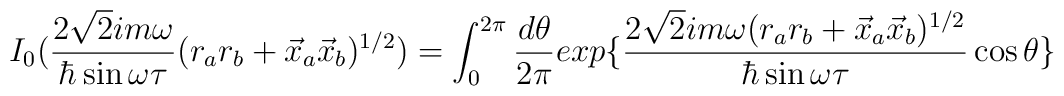
I_{0}(\frac{2\sqrt{2} i m\omega}{\hbar \sin \omega \tau}(r_{a}r_{b} + \vec{x}_{a}\vec{x}_{b})^{1/2}) = \int_{0}^{2\pi}\frac{d\theta}{2\pi}exp\{\frac{2\sqrt{2}im\omega (r_{a}r_{b} + \vec{x}_{a}\vec{x}_{b})^{1/2}   }{\hbar \sin \omega\tau}\cos \theta  \}